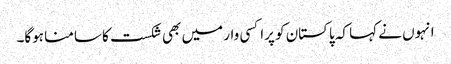
انہوں نے کہا کہ پاکستان کو پراکسی وار میں بھی شکست کا سامنا ہوگا۔